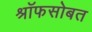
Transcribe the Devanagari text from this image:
श्रॉफसोबत